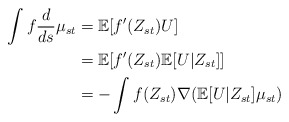
\begin{align*}\int f\frac{d}{ds}\mu_{st}&=\mathbb{E}[f'(Z_{st})U]\\&=\mathbb{E}[f'(Z_{st})\mathbb{E}[U|Z_{st}]]\\&=-\int f(Z_{st})\nabla(\mathbb{E}[U|Z_{st}]\mu_{st})\end{align*}